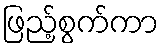
ဖြည့်စွက်ကာ